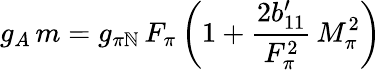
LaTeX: g_{A}\, m=g_{\pi\mathbb{N}}\, F_{\pi}\, \biggl(1+\frac{{2b_{11}^{\prime}}}{{F_{\pi}^{2}}}\, M_{\pi}^{2}\biggr)